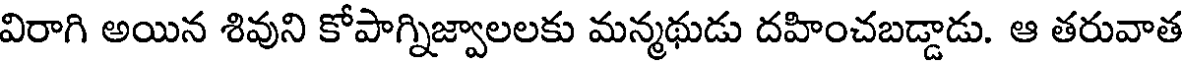
విరాగి అయిన శివుని కోపాగ్నిజ్వాలలకు మన్మథుడు దహించబడ్డాడు. ఆ తరువాత